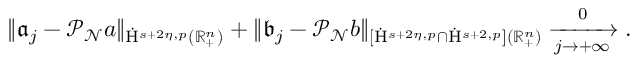
\begin{array} { r } { \lVert \mathfrak { a } _ { j } - \mathcal { P } _ { \mathcal { N } } a \rVert _ { \dot { \mathrm { H } } ^ { s + 2 \eta , p } ( \mathbb { R } _ { + } ^ { n } ) } + \lVert \mathfrak { b } _ { j } - \mathcal { P } _ { \mathcal { N } } b \rVert _ { [ \dot { \mathrm { H } } ^ { s + 2 \eta , p } \cap \dot { \mathrm { H } } ^ { s + 2 , p } ] ( \mathbb { R } _ { + } ^ { n } ) } \xrightarrow [ j \rightarrow + \infty ] 0 \mathrm { . ~ } } \end{array}